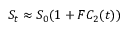
S _ { t } \approx S _ { 0 } ( 1 + F C _ { 2 } ( t ) )